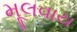
મૂલવાય